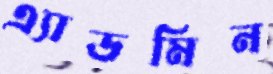
এ্যাডমিন